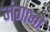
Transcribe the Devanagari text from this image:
मंगानो